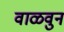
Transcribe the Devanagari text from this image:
वाळवुन